Vaccine operations Central Provinces 1900-1911 - 1900-1911
Year: 1900
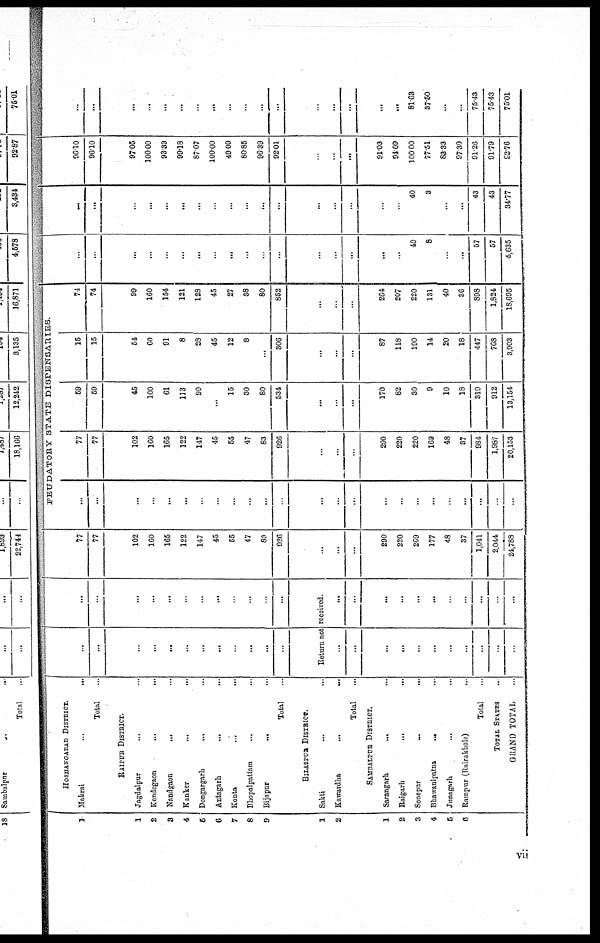
1
1
2
3
4
5
6
7
8
9
1
2
1
2
3
4
5
6
HOSHANGADAD DISTRICT.
Makrai
...
...
Total ...
RAIPUR DISTRICT.
Jagdalpur ... ...
Kondegaon
...
...
Nandgoon
...
Kanker
... ...
Dongargarh
...
Antagarh
...
Konta
...
...
Bhopalpattam
...
...
Bijapur
...
Total ...
BILASPUR DISTRICT.
Sakti ... ...
Kawardha
...
...
Total
SAMBALPUR DISTRICT.
Sarangarh
... ...
Raigarh
...
...
Sonepur
...
...
Bhawanipatna
... ...
Junagarh ... ...
Rampur (Rairakbole)
..
Total ...
TOTAL STATES
..
GRAND TOTAL
...
...
...
...
...
...
...
...
...
...
...
...
Return not
...
...
...
...
...
...
...
...
...
...
...
...
...
...
...
...
...
...
...
...
...
...
...
received.
...
...
...
...
...
...
...
...
...
...
...
77
77
102
160
165
122
147
45
55
47
83
926
...
...
...
290
220
269
177
48
37
1,041
2,044
24,788
FEUDATORY STATE DISPENSARIES.
...
...
...
...
...
...
...
...
...
...
...
...
...
...
...
...
...
...
...
...
...
...
...
...
77
77
102
160
165
122
147
45
55
47
83
926
...
...
...
290
220
220
169
48
37
984
1,987
20,153
59
59
45
100
61
113
90
...
15
30
80
534
...
...
...
170
82
30
9
10
18
319
912
13,154
15
15
54
60
91
8
28
45
12
8
...
306
...
...
...
87
118
190
14
20
18
447
768
3,903
74
74
99
160
154
121
128
45
27
38
80
852
...
...
...
264
207
220
131
40
36
898
1,824
18,695
...
...
...
...
...
...
...
...
...
...
...
...
...
...
...
...
...
49
8
...
...
57
57
4,635
...
...
...
...
...
...
...
...
...
...
...
...
...
...
...
...
...
40
3
...
...
43
43
34.77
96.10
96.10
97.05
100.00
93.33
99.18
87.07
100.00
49.09
80.85
96.39
92.01
...
...
...
91.03
94.09
100.00
77.51
83.33
97.30
91.26
91.79
92.76
...
...
...
...
...
...
...
...
...
...
...
...
...
...
...
...
...
81.63
37.50
...
...
75.43
75.43
75.01
vii